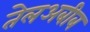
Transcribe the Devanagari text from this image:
तेलअबीब